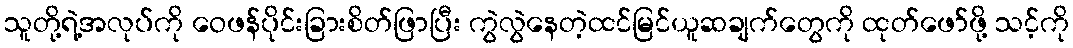
သူတို့ရဲ့အလုပ်ကို ဝေဖန်ပိုင်းခြားစိတ်ဖြာပြီး ကွဲလွဲနေတဲ့ထင်မြင်ယူဆချက်တွေကို ထုတ်ဖော်ဖို့ သင့်ကို